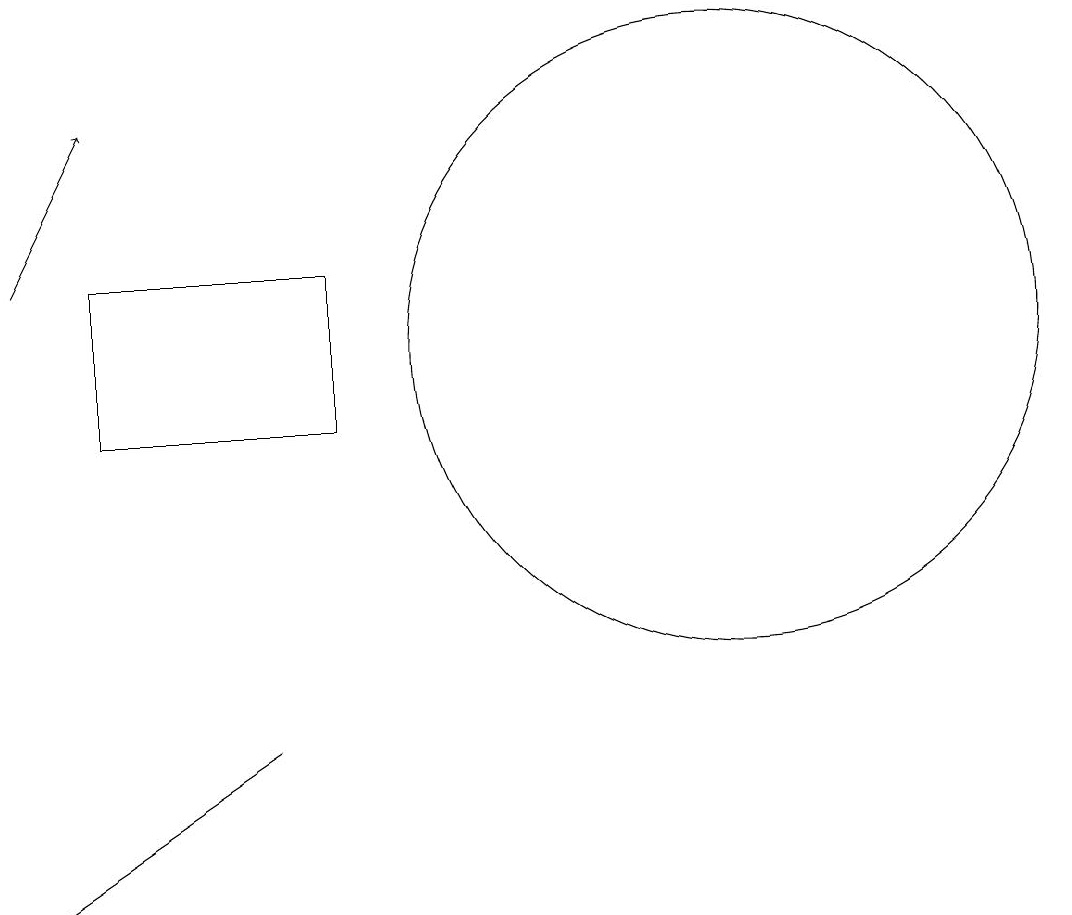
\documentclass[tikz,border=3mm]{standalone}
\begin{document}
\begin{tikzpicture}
\draw (5,12) rectangle (2,10);
\draw[->] (1,12) -- (2,14);
\draw (10,11) circle (4);
\draw (1,4) -- (4,6) -- (4,6) -- cycle;
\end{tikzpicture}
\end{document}